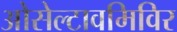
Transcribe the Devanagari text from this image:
ओसेल्टावमिविर